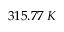
3 1 5 . 7 7 \; K